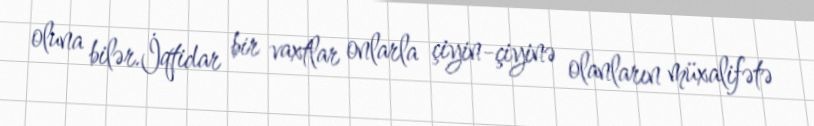
oluna bilər.İqtidar bir vaxtlar onlarla çiyin-çiyinə olanların müxalifətə